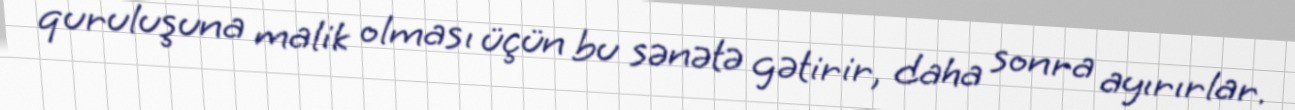
quruluşuna malik olması üçün bu sənətə gətirir, daha sonra ayırırlar.